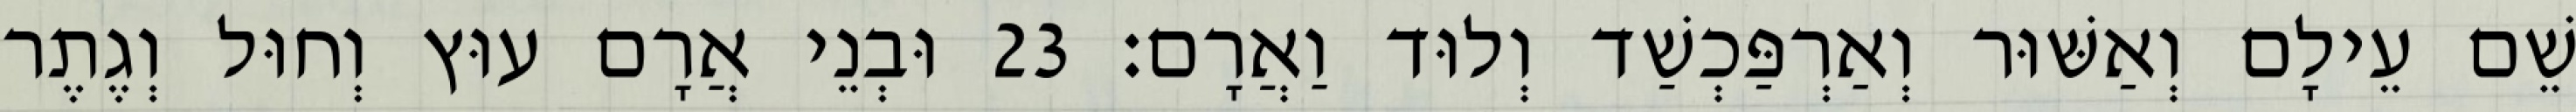
שֵׁם עֵילָם וְאַשּׁוּר וְאַרְפַּכְשַׁד וְלוּד וַאֲרָם׃ 23 וּבְנֵי אֲרָם עוּץ וְחוּל וְגֶתֶר